Annual report of the Punjab Veterinary College and of the Civil Veterinary Department, Punjab - 1926-1932
Year: 1926
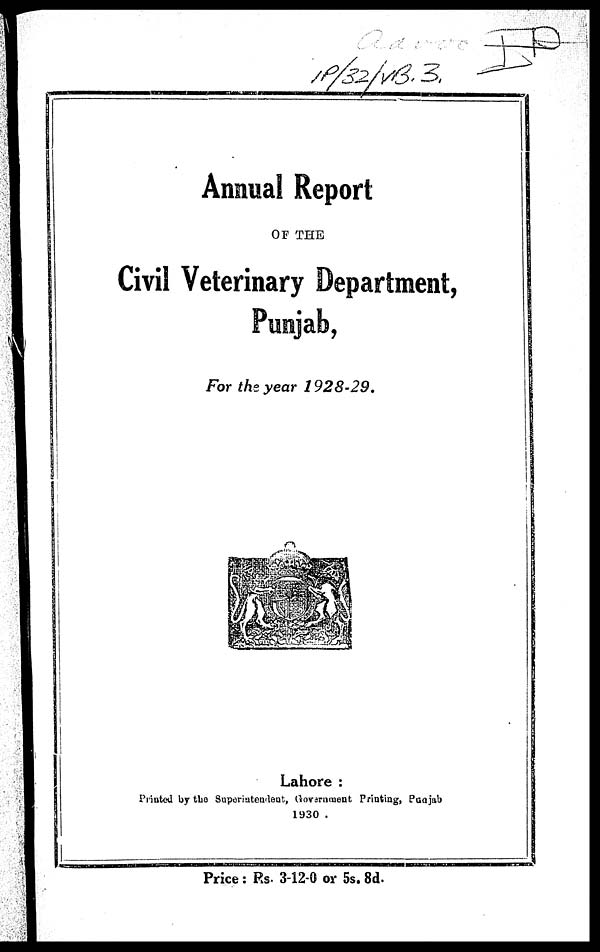
Annual Report
OF THE
Civil Veterinary Department,
Punjab,
For the year
1928-29.
Lahore:
Printed by the Superintendent, Government Printing, Punjab
1930.
Price: Rs- 3-12-0 or 5s. 8d.